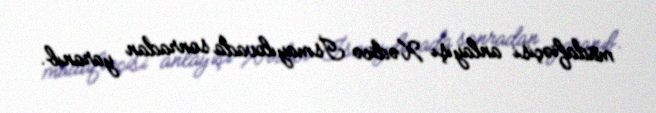
müdafiəçisi anlayışı Xədicə İsmayılovada sonradan yaranıb.